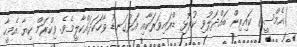
(އެމްސީ) ކައިރިން ބައްދަލުވި ކުރޮޅި ޑްރައިވަރަކާއި އަޅުގަނޑު ވާހަކަދައްކާލީމެވެ. ވިކްރަމް ކިޔާ އެމީހާ